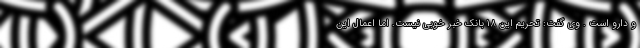
و دارو است . وی گفت: تحریم این ۱۸ بانک خبر خوبی نیست. اما اعمال این